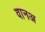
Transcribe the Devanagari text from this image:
वानअ